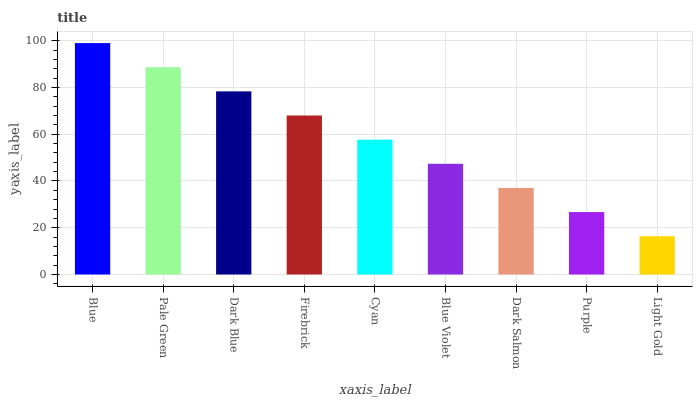
| xaxis_label | bars |
 | --- | --- |
 | Blue | 99 |
 | Pale Green | 88.7 |
 | Dark Blue | 78.3 |
 | Firebrick | 68 |
 | Cyan | 57.7 |
 | Blue Violet | 47.4 |
 | Dark Salmon | 37 |
 | Purple | 26.7 |
 | Light Gold | 16.4 |